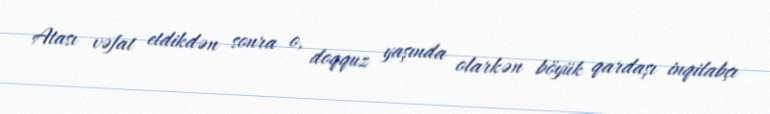
Atası vəfat etdikdən sonra o, doqquz yaşında olarkən böyük qardaşı inqilabçı